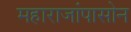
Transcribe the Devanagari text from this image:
महाराजांपासोन